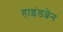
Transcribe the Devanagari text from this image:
हाइंडब्रेन